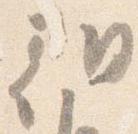
朝